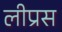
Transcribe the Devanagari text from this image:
लीप्रस